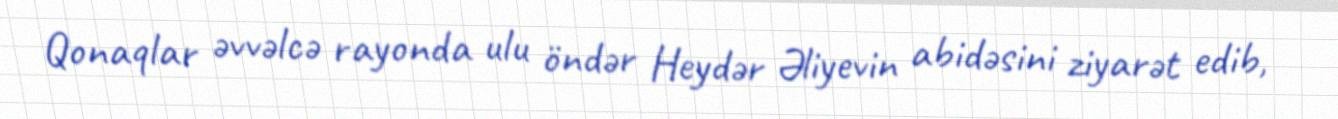
Qonaqlar əvvəlcə rayonda ulu öndər Heydər Əliyevin abidəsini ziyarət edib,